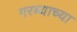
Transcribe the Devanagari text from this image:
गरब्याच्या